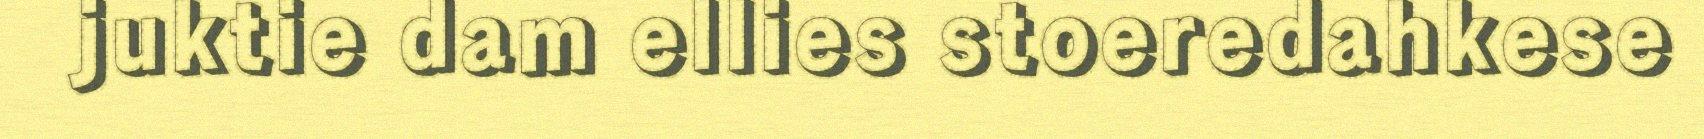
juktie dam ellies stoeredahkese